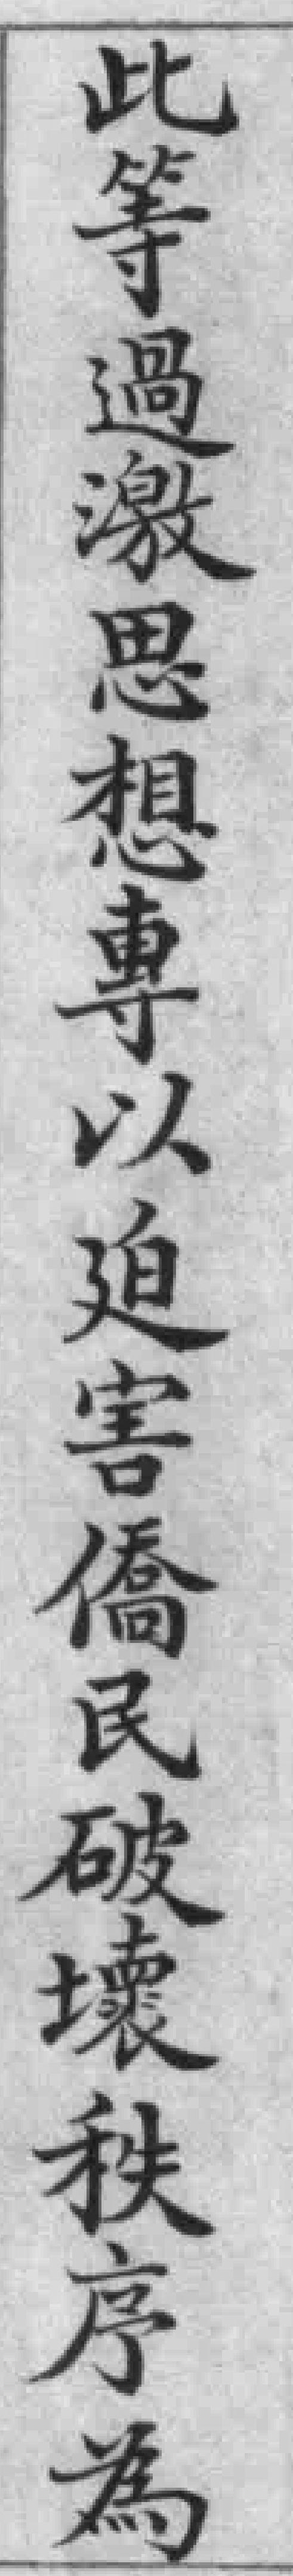
此等過激思想專以廹害僑民破壞秩序為